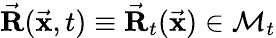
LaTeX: \vec{\mathbf R}(\vec{\mathbf x},t)\equiv\vec{\mathbf R}_{t}(\vec{\mathbf x})\in\mathcal{M}_{t}